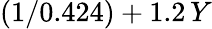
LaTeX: (1/0.424)+1.2\, Y